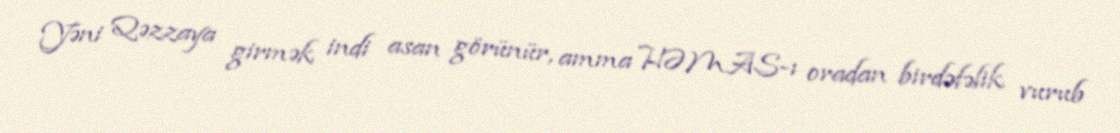
Yəni Qəzzaya girmək indi asan görünür, amma HƏMAS-ı oradan birdəfəlik vurub